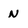
Character: N